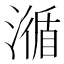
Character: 㵌